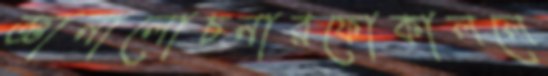
জ্ঞানালোচনারফোকাললে